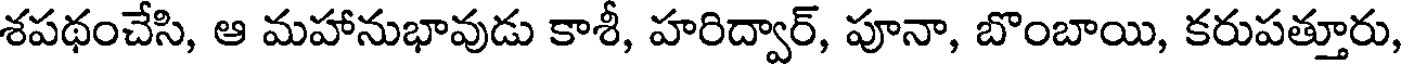
శపథంచేసి, ఆ మహానుభావుడు కాశీ, హరిద్వార్, పూనా, బొంబాయి, కరుపత్తూరు,